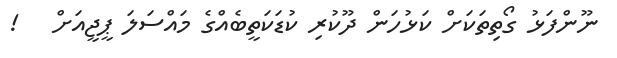
ނޫންފަޅު ގޯތިތަކަށް ކަޅުހަން ދޫކުރި ކުޑަކަތީބެއްގެ މައްސަލަ ޕީޖީއަށް   !